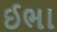
ઈભા